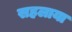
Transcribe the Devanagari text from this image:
सहलाया